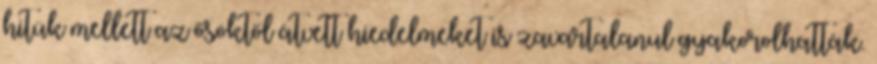
hitük mellett az ősöktől átvett hiedelmeket is zavartalanul gyakorolhatták.